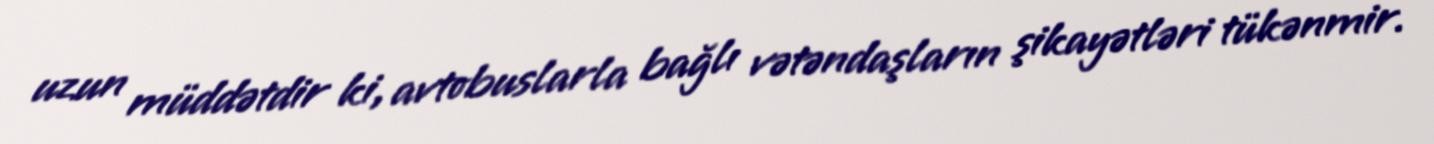
uzun müddətdir ki, avtobuslarla bağlı vətəndaşların şikayətləri tükənmir.